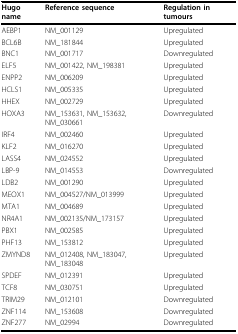
| Hugo name | Reference sequence | Regulation in tumours |
 | --- | --- | --- |
 | AEBP1 | NM_001129 | Upregulated |
 | BCL6B | NM_181844 | Upregulated |
 | BNC1 | NM_001717 | Downregulated |
 | ELF5 | NM_001422, NM_198381 | Upregulated |
 | ENPP2 | NM_006209 | Upregulated |
 | HCLS1 | NM_005335 | Upregulated |
 | HHEX | NM_002729 | Upregulated |
 | HOXA3 | NM_153631, NM_153632, NM_030661 | Downregulated |
 | IRF4 | NM_002460 | Upregulated |
 | KLF2 | NM_016270 | Upregulated |
 | LASS4 | NM_024552 | Upregulated |
 | LBP-9 | NM_014553 | Downregulated |
 | LDB2 | NM_001290 | Upregulated |
 | MEOX1 | NM_004527/NM_013999 | Upregulated |
 | MTA1 | NM_004689 | Upregulated |
 | NR4A1 | NM_002135/NM_173157 | Upregulated |
 | PBX1 | NM_002585 | Upregulated |
 | PHF13 | NM_153812 | Upregulated |
 | ZMYND8 | NM_012408, NM_183047, NM_183048 | Upregulated |
 | SPDEF | NM_012391 | Upregulated |
 | TCF8 | NM_030751 | Upregulated |
 | TRIM29 | NM_012101 | Downregulated |
 | ZNF114 | NM_153608 | Downregulated |
 | ZNF277 | NM_02994 | Downregulated |